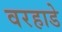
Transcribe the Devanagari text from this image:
वरहाडे